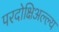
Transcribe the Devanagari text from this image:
परदोक्षिअल्ल्य